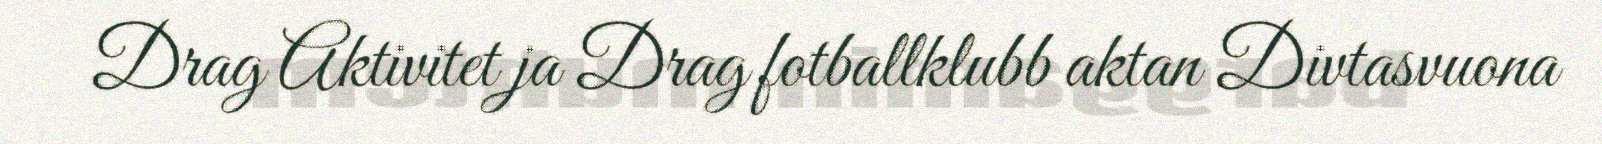
Drag Aktivitet ja Drag fotballklubb aktan Divtasvuona